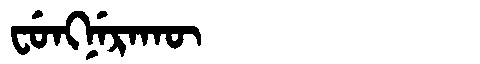
Manchu: ᠸᡠᠩᠨᡝᡵᠠᡴᡡ
Romanization: FUNGNERAKŪ